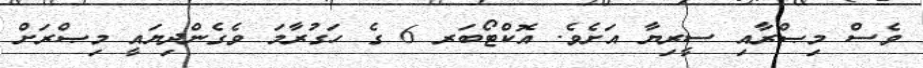
ވެސް މިޞްރާއި ސީރިޔާ އަށެވެ. އޮކްޓޯބަރ 6 ގެ ހަގުރާމަ ވެގެންދިޔައީ މިޞްރަށް